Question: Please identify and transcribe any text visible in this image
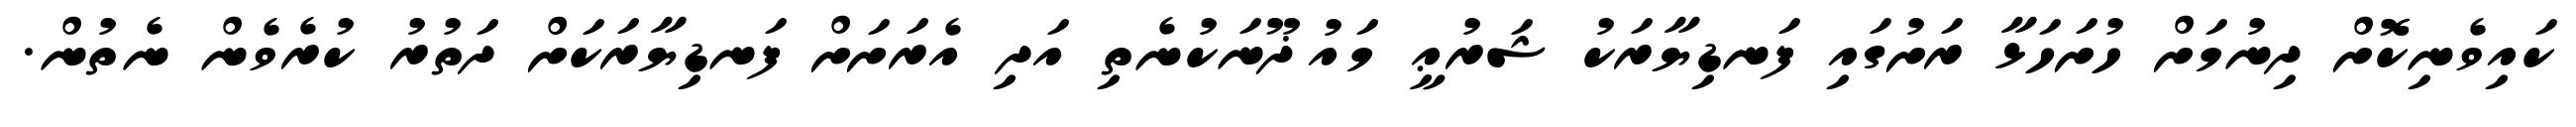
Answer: ކައިވެނިކޮށް ދިނުމަށް ހުށަހަޅާ ރަށުގައި ފަނޑިޔާރަކު ޝަރުޢީ މައުޛޫނަކުނެތި އަދި އެރަށަށް ފަނޑިޔާރަކަށް ދަތުރު ކުރެވެން ނެތުން.